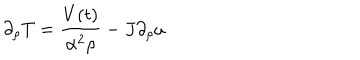
\partial _ { \rho } T = \frac { V ( t ) } { \alpha ^ { 2 } \rho } - J \partial _ { \rho } \omega